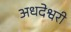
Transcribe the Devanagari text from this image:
अधदेश्वरी